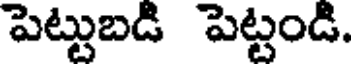
పెట్టుబడి పెట్టండి.